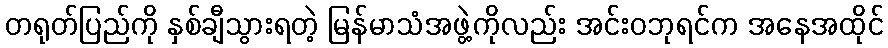
တရုတ်ပြည်ကို နှစ်ချီသွားရတဲ့ မြန်မာသံအဖွဲ့ကိုလည်း အင်းဝဘုရင်က အနေအထိုင်